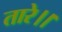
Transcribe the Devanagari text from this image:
तारे।।